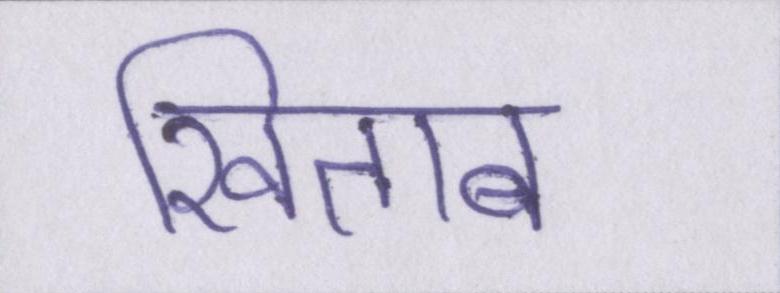
खिताब